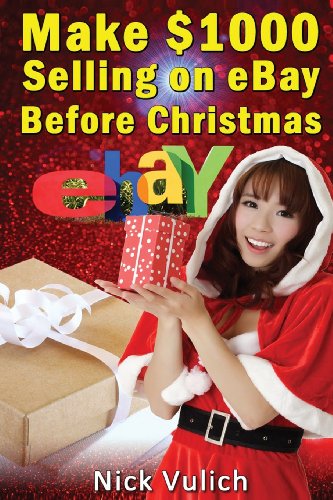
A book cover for Make $1000 Selling on eBay Before Christmas; Nick Vulich; Computers & Technology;